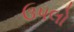
ઉપલો